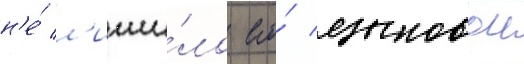
н'е́ л'иши́ло его́ языковои